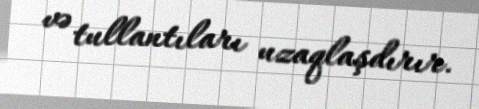
və tullantıları uzaqlaşdırır.